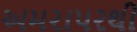
અમરાપરથી